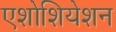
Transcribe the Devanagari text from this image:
एशोशियेशन